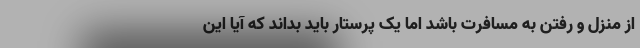
از منزل و رفتن به مسافرت باشد اما یک پرستار باید بداند که آیا این